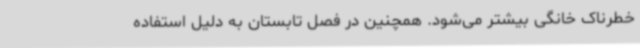
خطرناک خانگی بیشتر می‌شود. همچنین در فصل تابستان به دلیل استفاده